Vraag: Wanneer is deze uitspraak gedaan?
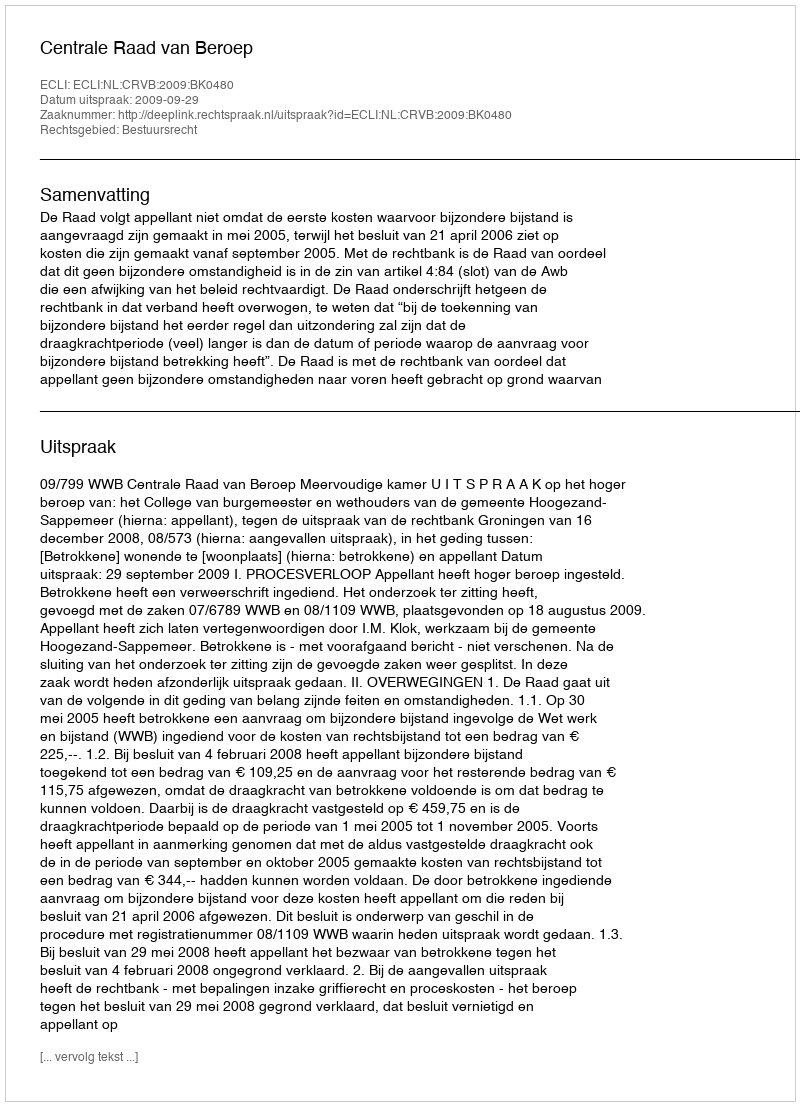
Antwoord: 2009-09-29